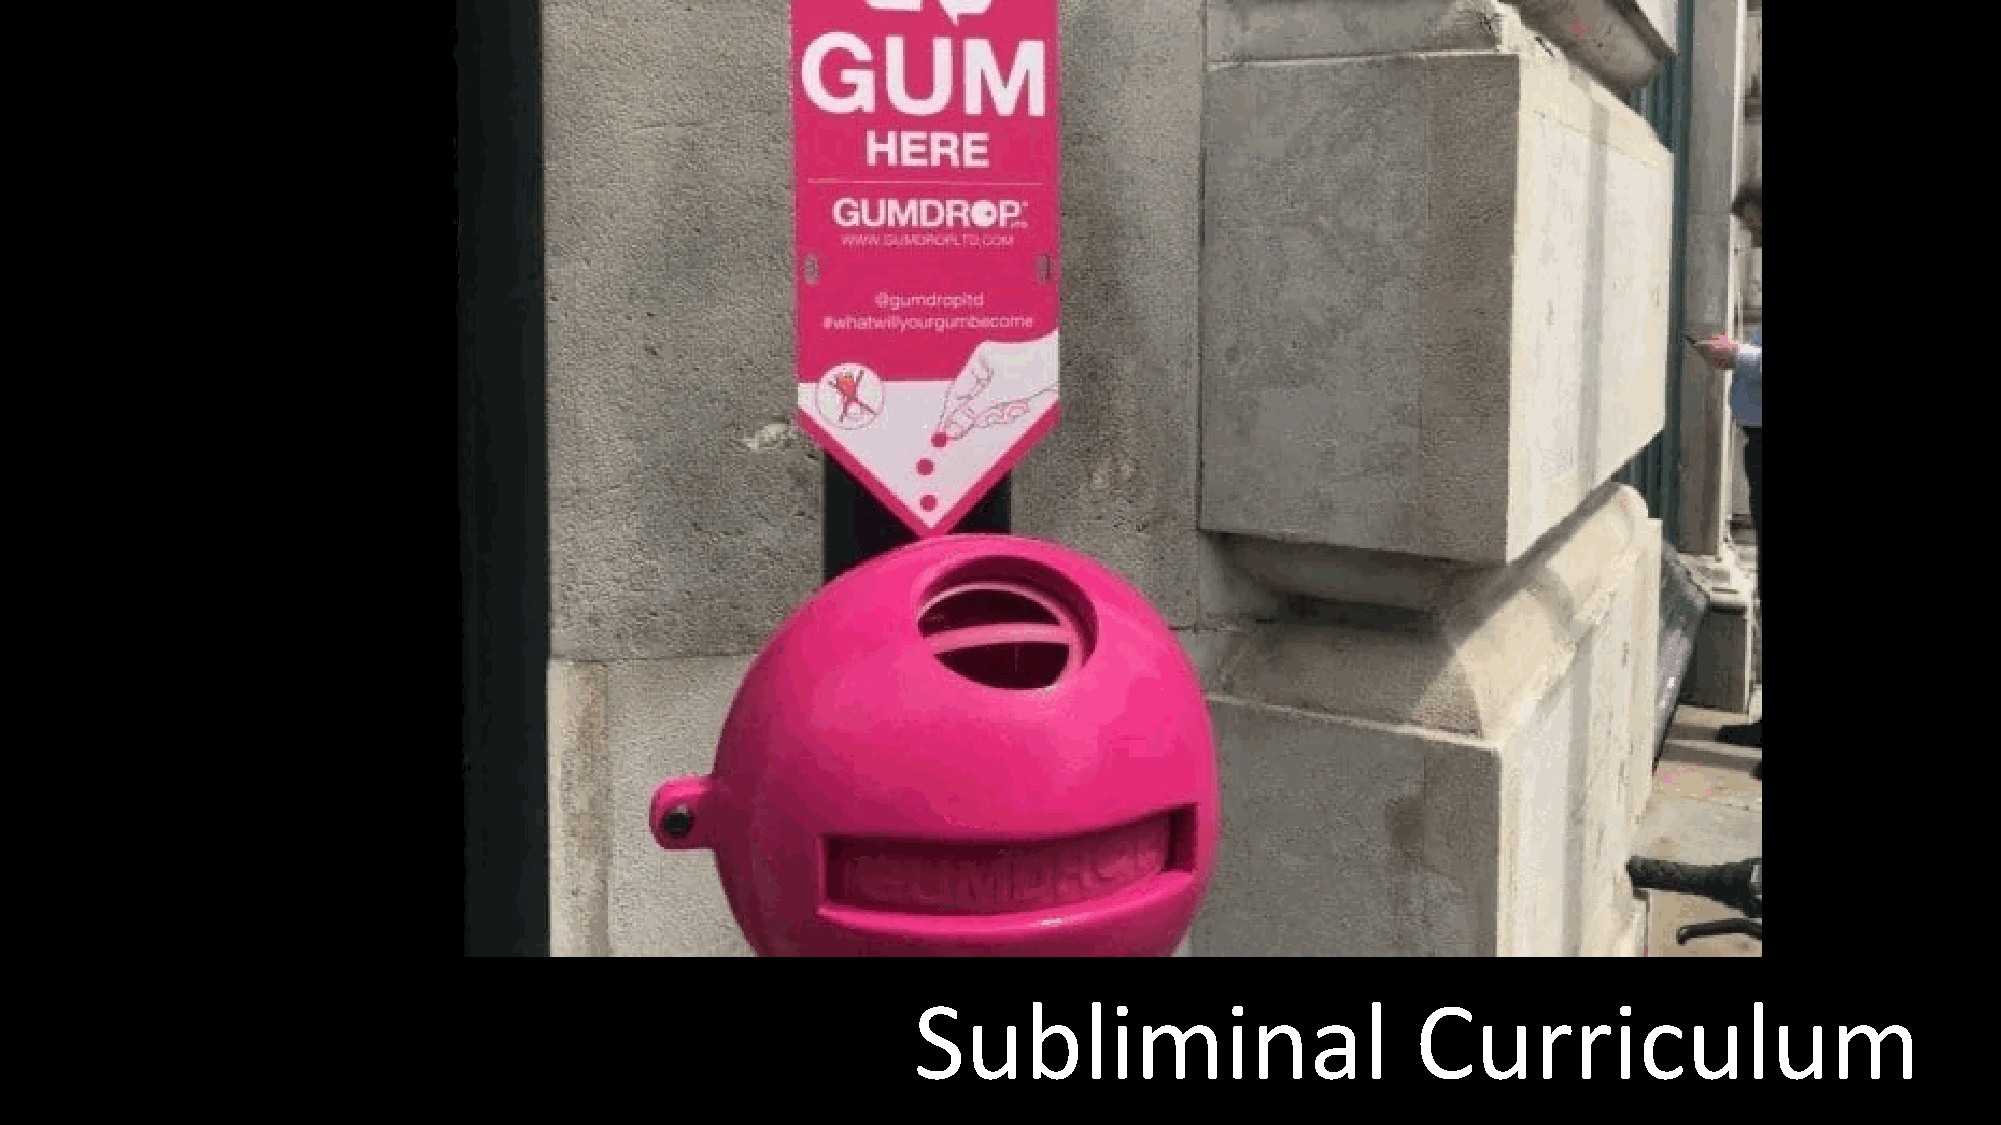
Subliminal                        Curriculum